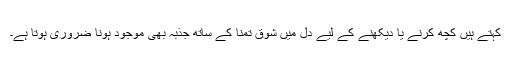
کہتے ہیں کچھ کرنے یا دیکھنے کے لیے دل میں شوق تمنا کے ساتھ جذبہ بھی موجود ہونا ضروری ہوتا ہے۔